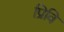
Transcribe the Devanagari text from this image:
प्रिवि